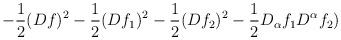
LaTeX: \begin{align*}- \frac{1}{2} (Df)^2 - \frac{1}{2} (Df_1 )^2 - \frac{1}{2} (Df_2 )^2- \frac{1}{2} D_{\alpha} f_1 D^{\alpha} f_2 )\end{align*}